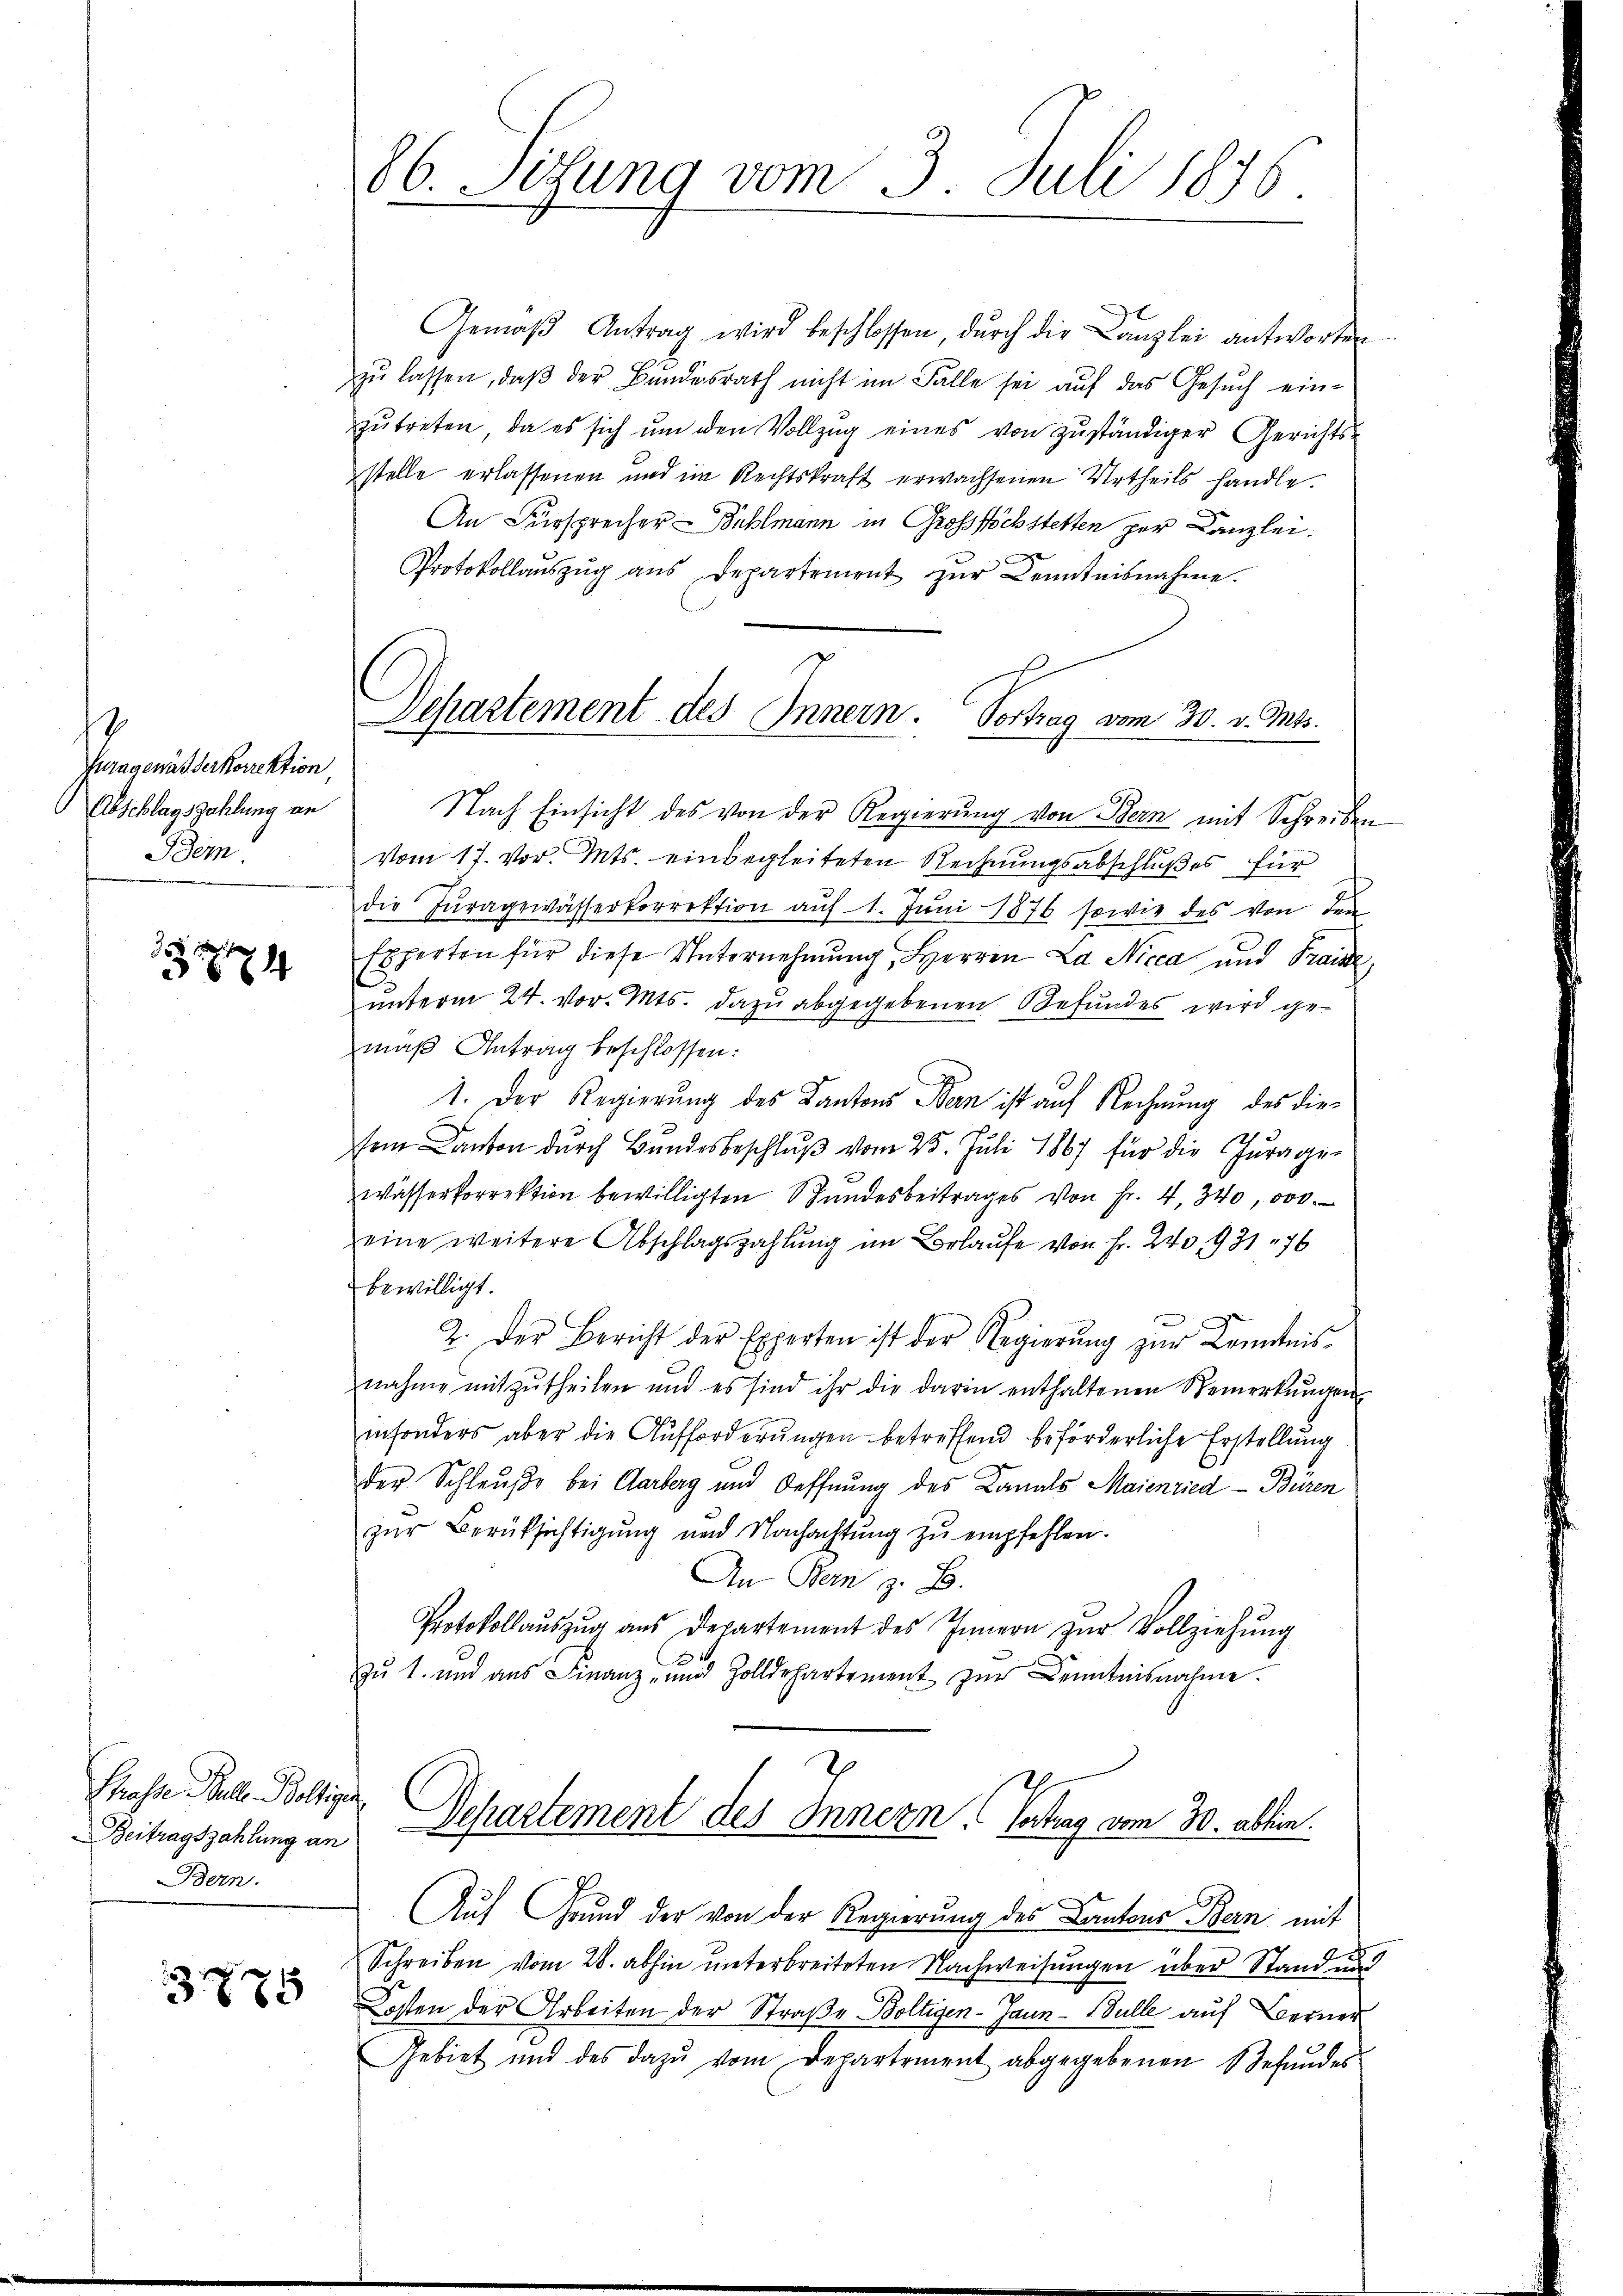
Jurasenatserkorrektion
Abschlagszahlung an
Bdem

664

Chasse Ball. Boltiger
Beitragszahlung an
Bern.

3775

86. Situng vom 3. Juli 1876

Gemäβ Antrag wird beschlossen, durch die Canzlei antworten
zŭ lassen, daβ der Bŭndesrath nicht im Falle sei aŭf das Gesŭch ein-
zŭtreten, da es sich ŭm den Vollzug eines von zŭständiger Gerichts-
stelle erlassenen und im Rechtskraft erwachsenen Urtheils handle.
An Fürsprecher-Bühlmann in Grosshöchstetten per Canzlei.
Protokollaŭszŭg aŭs Departement zŭr Kenntnisnahme.
Nach Einsicht des von der Regierung von Bern mit Schreiben
vom 17. vor. Mts. einbegleiteten Rechnungsabschlußes für
die Juragewässerkorrektion aŭf 1. Jŭni 1876 sowie des von den
Experten für diese Unternehmung, Herren La Nicca und Fraise
unterm 24. vor. Mts. dazu abgegebenen Befundes wird gemäß Antrag beschlossen:
1. Der Regierung des Kantons Bern ist auf Rechnung des dieem Kanton dŭrch Bŭndesbeschlŭβ vom 25. Juli 1867 für die Juragen
wässerkorrektion bewilligten Stundesbeitrages von Fr. 4, 340, 000.
eine weitere Abschlagszahlŭng im Belaufe von Fr. 240, 931 76
bewilligt.
2. Der Bericht der Experten ist der Regierŭng zŭr Kenntnis-
nahme mitzŭtheilen und es sind ihr die darin enthaltenen Bemerkŭngen
insonders aber die Aufforderungen betreffend beförderliche Erstellung
der Schleuße bei Aarberg und Oeffnung des Kanals Maienried -Büren
zŭr Berüksichtigŭng und Nachachtŭng zŭ empfehlen.
An Bern z. B.
Protokollaŭszŭg aŭs Departement des Innern zŭr Vollziehŭng
zu 1. und aus Finanz- und Zolldepartement zŭr Kenntnisnahme.
Departement des Innern Gertrag vom 30. abhin
Auf Grund der von der Regierung des Cantons Bern mit
Schreiben vom 28. abhin unterbreiteten Nachweisungen über Stand und
Kosten der Arbeiten der Straße Boltigen-Jaun-Bulle auf Berner
Gebiet und des dazŭ vom Departement abgegebenen gefŭndes

Departement des Innern. Vortrag vom 30. v. Mts.